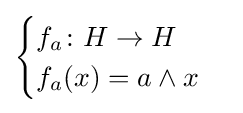
{\begin{cases}f_{a}\colon H\to H\\f_{a}(x)=a\wedge x\end{cases}}